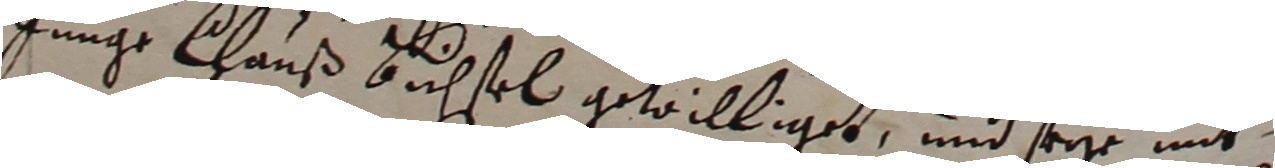
junge lhauß orchsel gewilliget und seyr mit